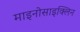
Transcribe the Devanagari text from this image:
माइनोसाइक्लिन